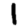
Digit: 1